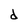
Character: d